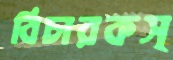
বিচারকস্